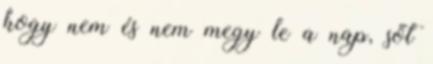
hogy nem és nem megy le a nap, sőt